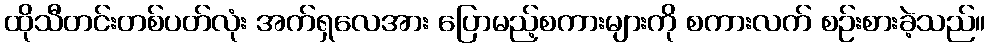
ထိုသီတင်းတစ်ပတ်လုံး အက်ရှလေအား ပြောမည့်စကားများကို စကားလက် စဉ်းစားခဲ့သည်။